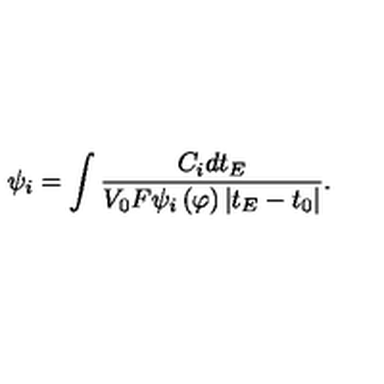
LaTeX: \psi _ { i } = \int \frac { C _ { i } d t _ { E } } { V _ { 0 } F \psi _ { i } \left( \varphi \right) \left| t _ { E } - t _ { 0 } \right| } .